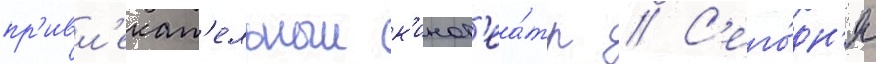
пр'ивл'екат'ельныи к'инот'еа́тр // С'его́дн'я